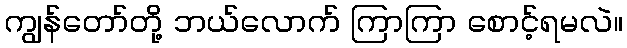
ကျွန်တော်တို့ ဘယ်လောက် ကြာကြာ စောင့်ရမလဲ။